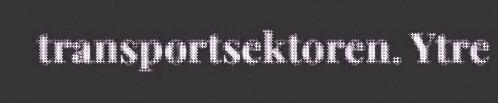
transportsektoren. Ytre